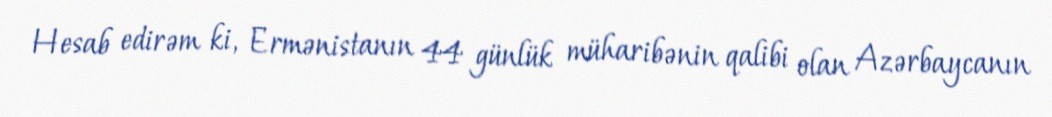
Hesab edirəm ki, Ermənistanın 44 günlük müharibənin qalibi olan Azərbaycanın